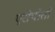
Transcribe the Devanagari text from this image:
एरोपोर्तो